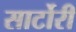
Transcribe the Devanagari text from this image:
सार्टोरी